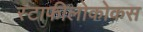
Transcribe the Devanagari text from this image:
स्टाफीलोकोकस